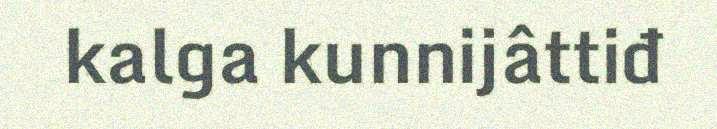
kalga kunnijâttiđ